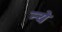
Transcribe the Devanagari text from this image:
न्‍ये